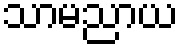
သာမညာယ